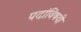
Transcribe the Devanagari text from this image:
पदांविषयी